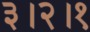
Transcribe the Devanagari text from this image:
३।२।१